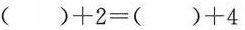
$$（） + 2 = （） + （） + 4$$